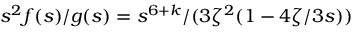
s ^ { 2 } f ( s ) / g ( s ) = s ^ { 6 + k } / ( 3 \zeta ^ { 2 } ( 1 - 4 \zeta / 3 s ) )